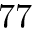
7 7